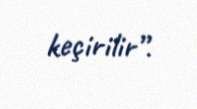
keçirilir”.